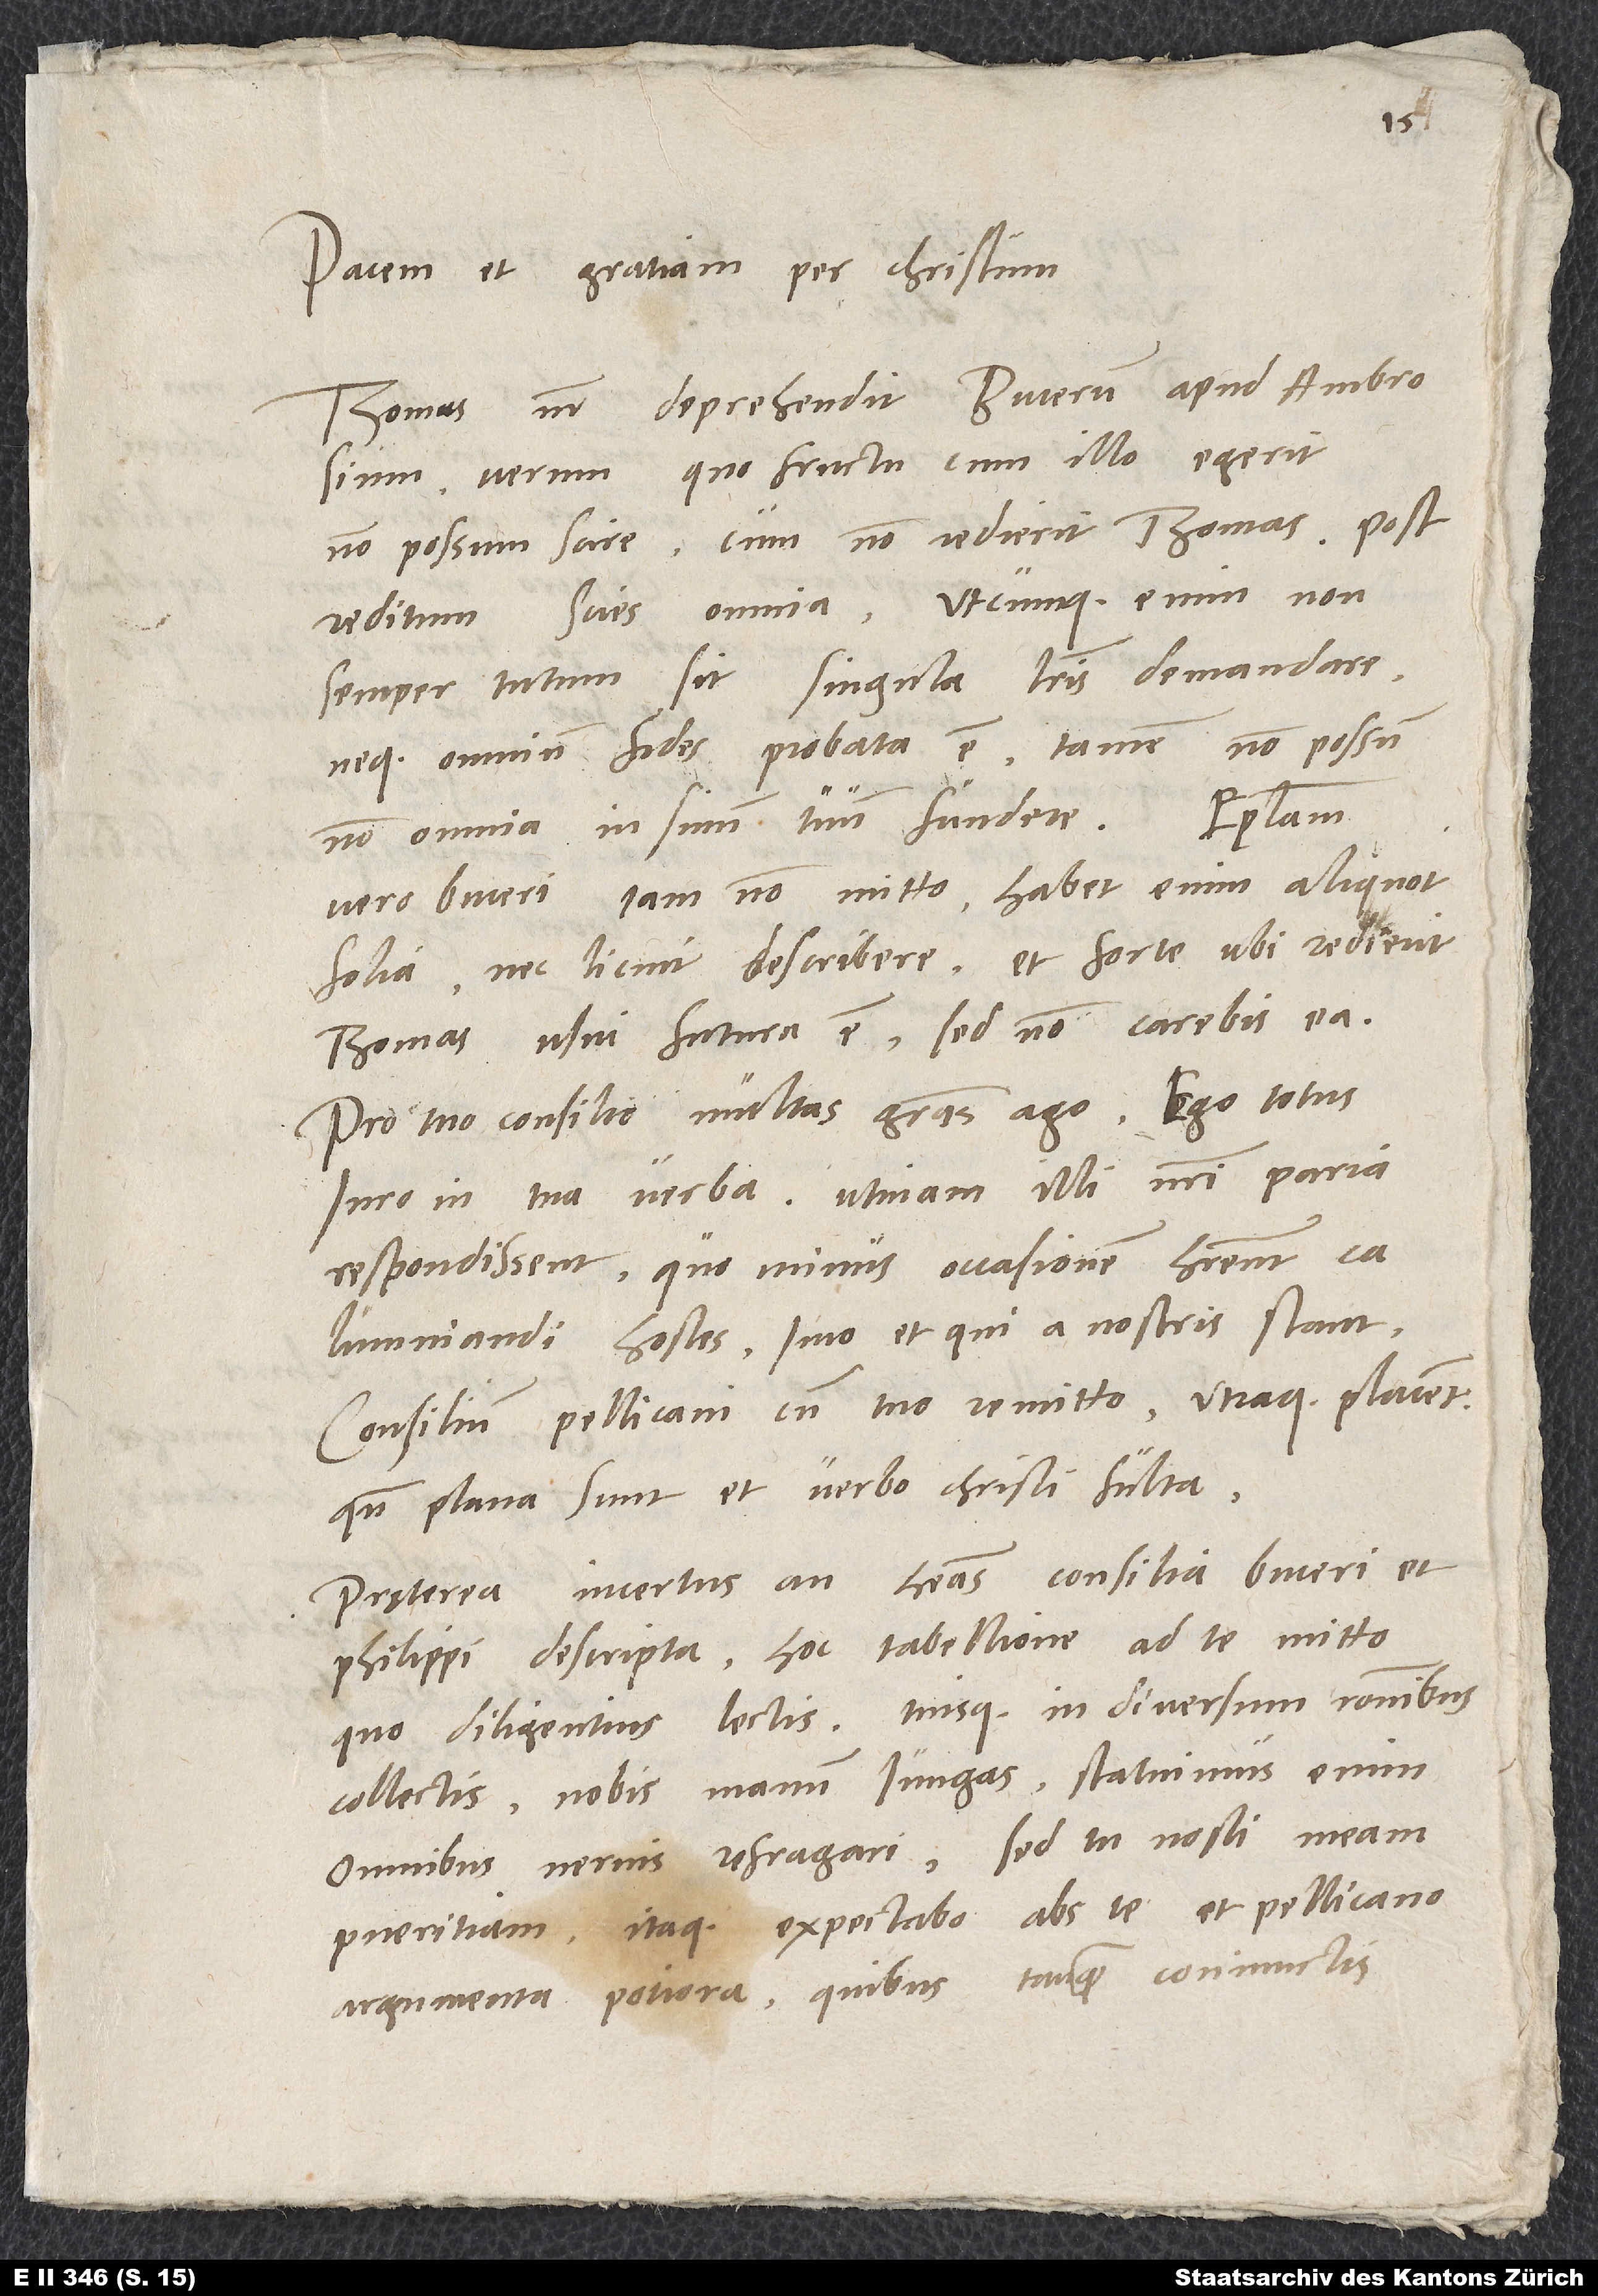
1535.
Pacem et gratiam per Christum.
Thomas noster deprehendit Bucerum apud Ambrosium,
verum quo fructu cum illo egerit,
non possum scire, cum non redierit Thomas. Post
reditum scies omnia. Utcumque enim non
semper tutum sit singula literis demandare
neque omnium fides probata est, tamen non possum
vero Buceri iam non mitto; habet enim aliquot
folia nec licuit describere et forte, ubi redierit
Thomas, usui futura est. Sed non carebis ea.
Pro tuo consilio multas gratias ago. Ego totus
iuro in tua verba. Utinam illi nostri paria
respondissent, quominus occasionem haberent
calumniandi hostes, imo et qui a nostris stant.
Consilium Pellicani cum tuo remitto. Utraque placent,
quando plana sunt et verbo Christi fulta.
Pręterea incertus, an habeas consilia Buceri et
Philippi descripta, hoc tabellione ad te mitto,
quo diligentius lectis tuisque in diversum rationibus
collectis nobis manum iungas. Statuimus enim
omnibus nervis refragari, sed tu nosti meam
pueritiam; itaque expectabo abs te et Pellicano
argumenta potiora, quibus tanquam coniunctis